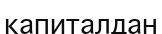
капиталдан